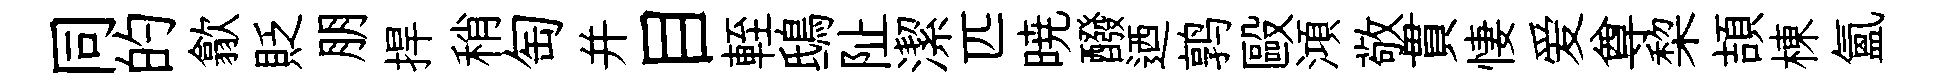
同的歙貶朋捍稍匋并目輊鴟阯潔匹暁醱迺鹑毆澒敬貫悽爱尊棃頡棟氳